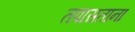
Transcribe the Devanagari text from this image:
तपासताना